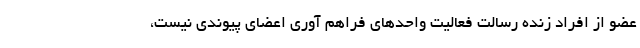
عضو از افراد زنده رسالت فعالیت‌ واحدهای فراهم آوری اعضای پیوندی نیست،‌